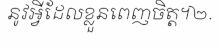
នូវអ្វីដែលខ្លួនពេញចិត្ត។២.